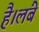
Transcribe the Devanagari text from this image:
है।लंबे